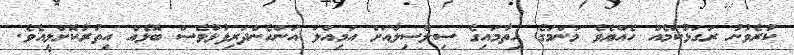
ކުރެވުނު ރަގަޅުކަމެއް ހެއްޔެވެ މަންމަގެ ހިތާމައިގެ ސިލްސިލާއަށް އަމިއްލަ އަންހެންދަރިފުޅުވެސް ބޮޅެއް އިތުރުކޮށްލީއެވެ.